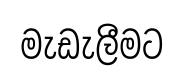
මැඩැලීමට